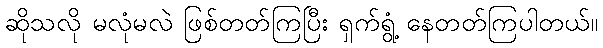
ဆိုသလို မလုံမလဲ ဖြစ်တတ်ကြပြီး ရှက်ရွံ့ နေတတ်ကြပါတယ်။